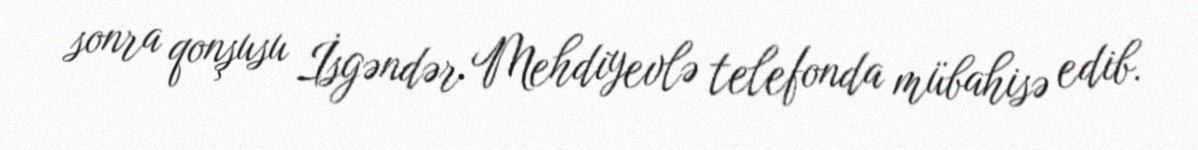
sonra qonşusu İsgəndər Mehdiyevlə telefonda mübahisə edib.